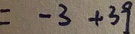
= - 3 + 3 9